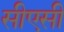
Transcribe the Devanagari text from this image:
सीएसी